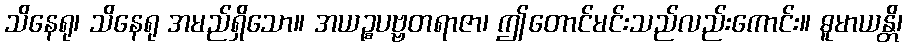
သိနေရု၊ သိနေရု အမည်ရှိသော။ အယဉ္စပဗ္ဗတရာဇာ၊ ဤတောင်မင်းသည်လည်းကောင်း။ ဓူမာယန္တိ၊